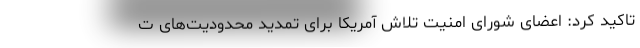
تاکید کرد: اعضای شورای امنیت تلاش آمریکا برای تمدید محدودیت‌های ت